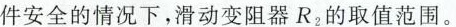
件安全的情况下，滑动变阻器R_{2}的取值范围。